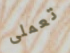
تعملى